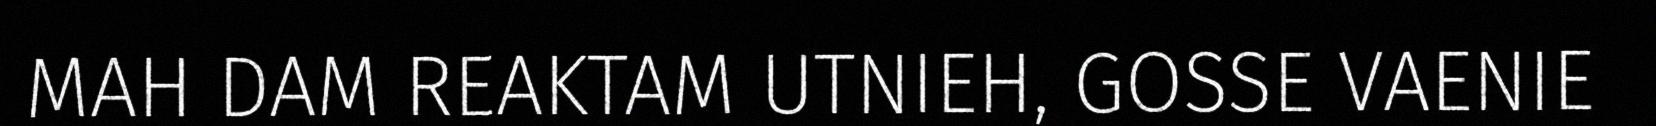
MAH DAM REAKTAM UTNIEH, GOSSE VAENIE